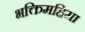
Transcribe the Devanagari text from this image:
भक्तिमहिमा